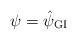
\begin{align*}\psi = \hat{\psi}_{\mbox{\scriptsize GI}}\end{align*}